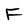
Character: F